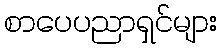
စာပေပညာရှင်များ